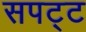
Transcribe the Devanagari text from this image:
सपट्ट